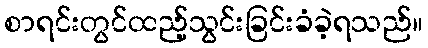
စာရင်းတွင်ထည့်သွင်းခြင်းခံခဲ့ရသည်။